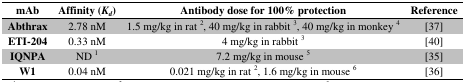
| mAb | Affinity (Kd) | Antibody dose for 100% protection | Reference |
 | --- | --- | --- | --- |
 | Abthrax | 2.78 nM | 1.5 mg/kg in rat 2, 40 mg/kg in rabbit 3, 40 mg/kg in monkey 4 | [37] |
 | ETI-204 | 0.33 nM | 4 mg/kg in rabbit 3 | [40] |
 | IQNPA | ND 1 | 7.2 mg/kg in mouse 5 | [35] |
 | W1 | 0.04 nM | 0.021 mg/kg in rat 2, 1.6 mg/kg in mouse 6 | [36] |